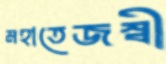
মহাতেজস্বী